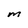
Character: M